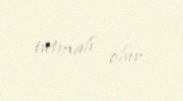
tutmalı olur..